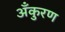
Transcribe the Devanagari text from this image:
अँकुरण